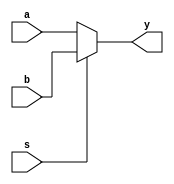
module mux2to1(a,b,s,y);
input a,b,s;
  output y;
  assign y= s?b:a;
endmodule
module mux4to1(d,s,y);
input [3:0]d;
input [1:0]s;
output y;
  
wire y0, y1;

mux2to1 m1(.a(d[0]),.b(d[2]),.s(s[0]),.y(y0));

mux2to1 m2(.a(d[2]),.b(d[3]),.s(s[0]),.y(y1));
   
mux2to1 m3(.a(y0),.b(y1),.s(s[1]),.y(y));
   
endmodule